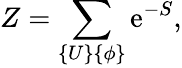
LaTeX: Z=\sum_{\{ U\} \{ \phi\} }\mathrm{e}^{-S},